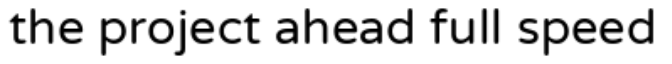
the project ahead full speed